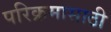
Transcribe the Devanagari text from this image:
परिक्रमासाठी